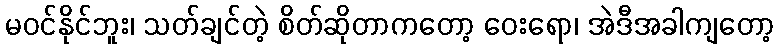
မဝင်နိုင်ဘူး၊ သတ်ချင်တဲ့ စိတ်ဆိုတာကတော့ ဝေးရော၊ အဲဒီအခါကျတော့